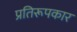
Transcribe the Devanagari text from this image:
प्रतिरूपकार